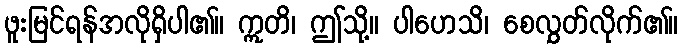
ဖူးမြင်ရန်အလိုရှိပါ၏။ ဣတိ၊ ဤသို့။ ပါဟေသိ၊ စေလွှတ်လိုက်၏။